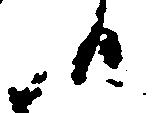
候